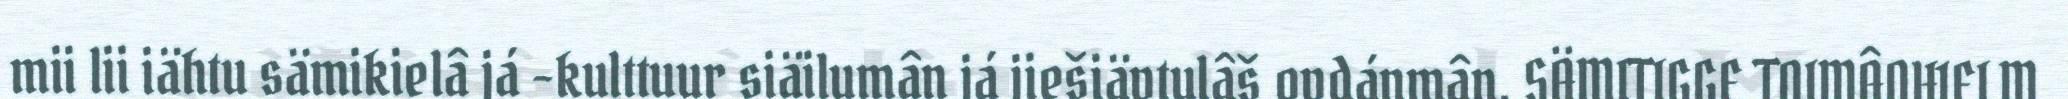
mii lii iähtu sämikielâ já -kulttuur siäilumân já jiešiävtulâš ovdánmân. SÄMITIGGE TOIMÂOHJELM